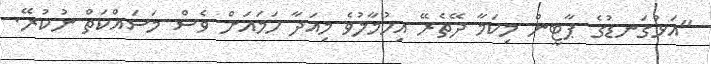
"އަޅުގަނޑުގެ ޕާޓީން މިކަމާ ދޭތެރޭ އިހުމާލުވެ މިއަދާ ހަމައަށް ވެސް މަސައްކަތް ނުކުރޭ.